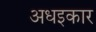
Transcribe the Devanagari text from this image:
अधइकार